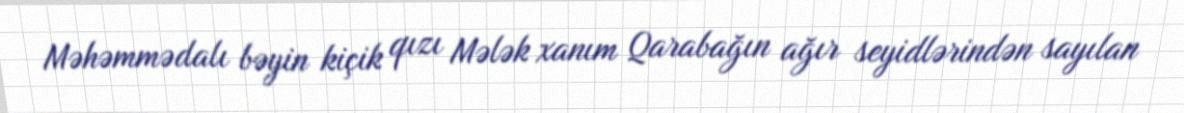
Məhəmmədalı bəyin kiçik qızı Mələk xanım Qarabağın ağır seyidlərindən sayılan